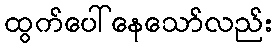
ထွက်ပေါ်နေသော်လည်း